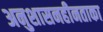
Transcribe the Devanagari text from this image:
अनुशासनहीनताका